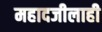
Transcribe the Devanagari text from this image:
महादजीलाही